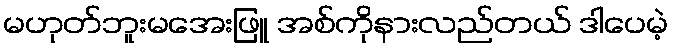
မဟုတ်ဘူးမအေးဖြူ အစ်ကိုနားလည်တယ် ဒါပေမဲ့